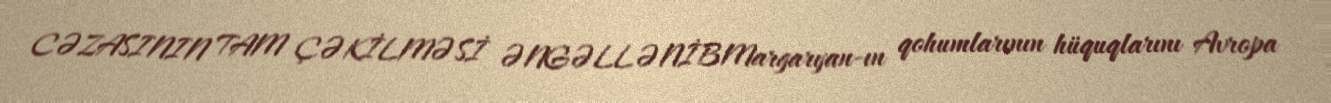
CƏZASININ TAM ÇƏKİLMƏSİ ƏNGƏLLƏNİBMargaryan-ın qohumlarının hüquqlarını Avropa